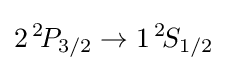
2\,^{2}\!P_{3/2}\to 1\,^{2}\!S_{1/2}